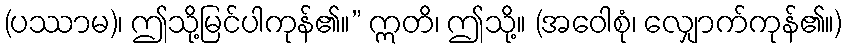
(ပဿာမ)၊ ဤသို့မြင်ပါကုန်၏။” ဣတိ၊ ဤသို့။ (အဝေါစုံ၊ လျှောက်ကုန်၏။)